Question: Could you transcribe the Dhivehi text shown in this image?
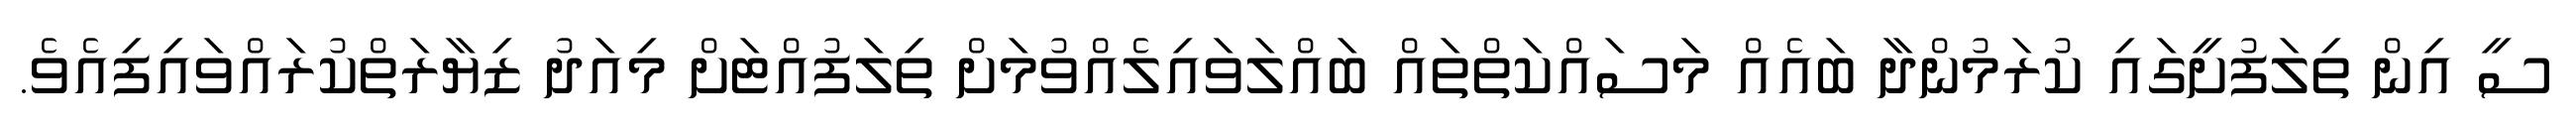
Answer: ސީ އިން ތިލަފުށީގައި ކުރަމުންދާ ބައެއް މަސައްކަތްތައް ބައްލަވައިލެއްވުމަށް ތިލަފުއްޓަށް މިއަދު ޒިޔާރަތްކުރައްވައިފިއެވެ.